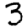
Digit: 3